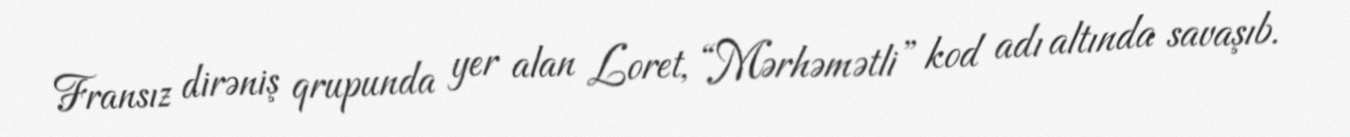
Fransız dirəniş qrupunda yer alan Loret, “Mərhəmətli” kod adı altında savaşıb.